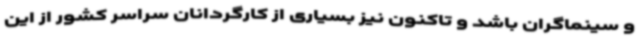
و سینماگران باشد و تاکنون نیز بسیاری از کارگردانان سراسر کشور از این